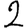
Digit: 2